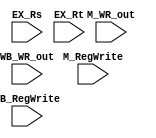
// Forwarding Unit

module FU ( // input 
			EX_Rs,
            EX_Rt,
			M_RegWrite,
			M_WR_out,
			WB_RegWrite,
			WB_WR_out
			// output
			// write your code in here
			);

	input [4:0] EX_Rs;
    input [4:0] EX_Rt;
    input M_RegWrite;
    input [4:0] M_WR_out;
    input WB_RegWrite;
    input [4:0] WB_WR_out;

	// write your code in here
	
endmodule